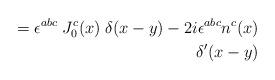
LaTeX: \begin{align*}= \epsilon^{abc}\;J_{0}^{c}(x)\;\delta(x-y) - 2i\epsilon^{abc}n^{c}(x) \\\delta^{\prime}(x-y)\end{align*}